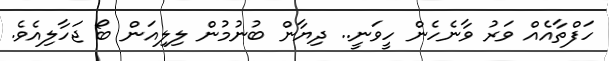
ހަފްތާއެއް ވަރު ވާނެހެން ހީވަނީ.. ދިޔާން ބުނުމުން ލިލިއަން ބޯ ޖަހާލިއެވެ.